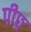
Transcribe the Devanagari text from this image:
पीछ्र